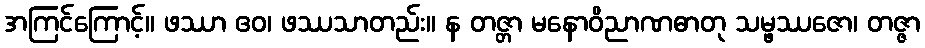
အကြင်ကြောင့်။ ဖဿာ ဧဝ၊ ဖဿသာတည်း။ န တဇ္တာ မနောဝိညာဏဓာတု သမ္ဖဿဇော၊ တဇ္ဇာ